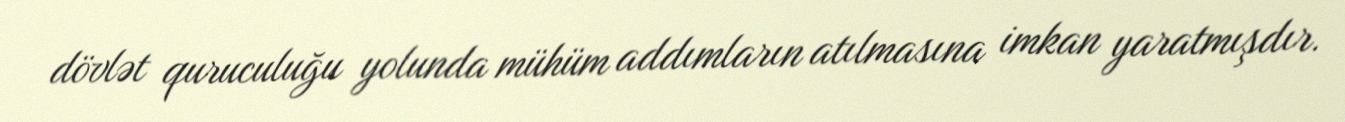
dövlət quruculuğu yolunda mühüm addımların atılmasına imkan yaratmışdır.